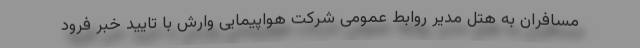
مسافران به هتل مدیر روابط عمومی شرکت هواپیمایی وارش با تایید خبر فرود